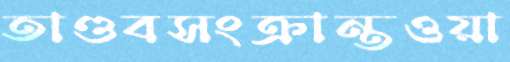
তাণ্ডবসংক্রান্তওয়া